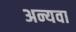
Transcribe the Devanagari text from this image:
अन्यवा